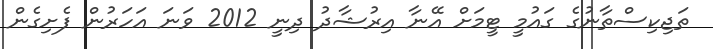
ތަޖިކިސްތާނުގެ ގައުމީ ޓީމަށް އޭނާ އިރުޝާދު ދިނީ 2012 ވަނަ އަހަރުން ފެށިގެން